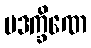
ပဒက္ခိဏေ